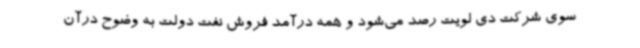
سوی شرکت دی لویت رصد می‌شود و همه درآمد فروش نفت دولت به وضوح درآن